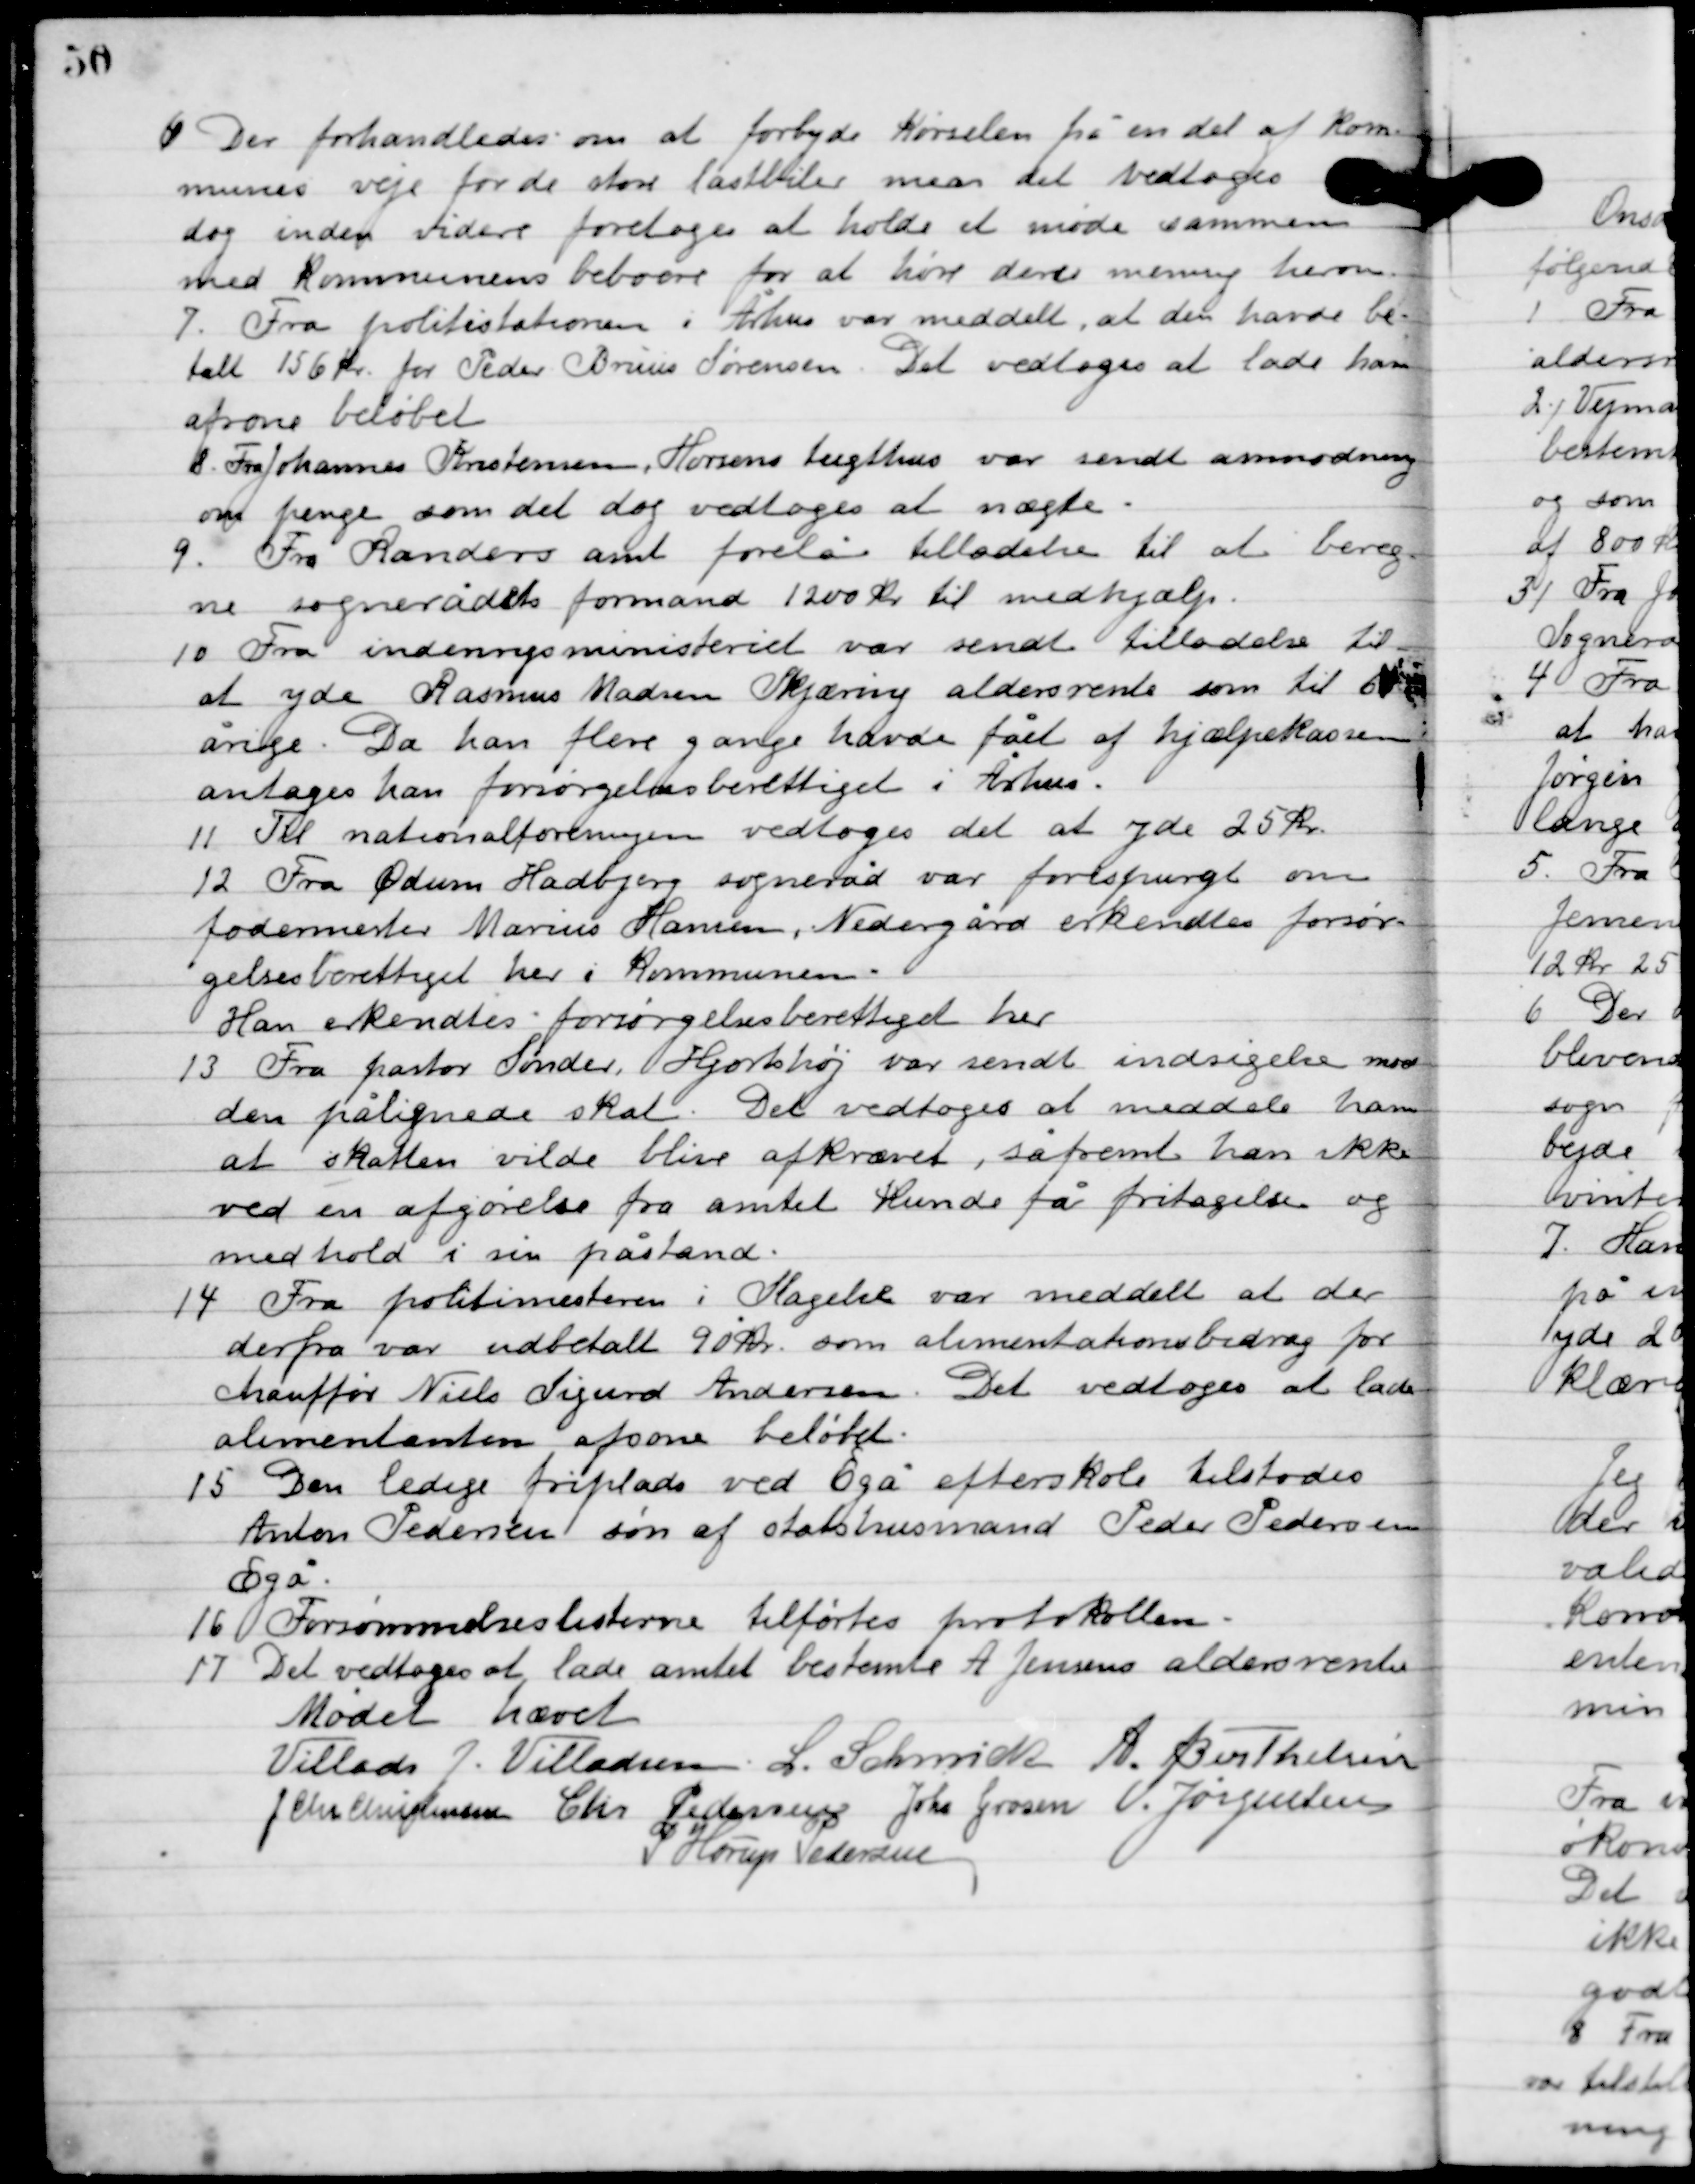
Transskription:
6

Der forhandledes om at forbyde kørslens fra en des af kom-
munes veje for de store lastbiler man det vedtoges
dog inden videre foretoges at holde et møde sammen
med Kommunens beboere for at høre deres mening herom.

7

Fra politistationen i Århus var meddelt, at der havde be-
talt 156 kr. for Pede Bruus Sørensen. Det vedtoges at lade ham
afsone beløbet.

8

Fra Johannes Kristensens, Horsens tugthus var sendt anmodning
om penge som det dog vedtoges at nægte.

9

Fra Randers amt forelå tilladelse til at bereg-
ne sognerådets formand 1200 kr. til medhjælp.

10

Fra indenrigsministeriet var sendt tilladelse til
at yde Rasmus Madsen Skjæring aldersrente som til 65
årige. Da han flere gange havde fået af hjælpeklassen
antoges han forsørgelse berettiget i Århus.

11

Til nationalforeningen vedtoges det at yde 25 kr.

12

Fra Ødum Hadbjerg sogneråd var forespurgt om
fodermester Marius Hansen, Nedergård erkendtes forsør-
gelses berettiget her i kommunen.
Han erkendtes forsørgelses berettiget her.

13

Fra pastor Sønder, Hjortshøj var sendt indsigelse me-
dens pålignede skat. Det vedtoges at meddele ham
at skatten vilde blive afkrævet, såfremt han ikke
ved en afgørelse fra amtet kunde få fritagelse og
med hold i sin påstand.

14

Fra politimesteren i Slagelse  var meddelt at der
derfra var udbetalt 90 kr. som alimentationsbidrag for
chauffør Niels Sigurd anderssen. Det vedtoges at lade
alimentanten afsogne beløbet.

15

Den ledige friplads ved Egå efterskole tilstodes
Anton Pedersen søn af statshusmand Peder Pedersen
Egå.

16

Forsømmelse listerne tilførtes protokollen.

17

Det vedtoges at lade Amtet bestemte A. Jenssen aldersrente.

Mødet hævet

Villads J. Villadsen
L. Schmidt
A. Berthelsen
J. Chr. Christensen
Chr. Pedersen
Johs. Grosen
V. Jørgensen
P. Horup Pedersen